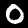
Digit: 0